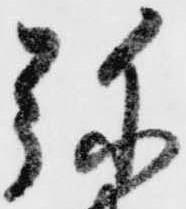
弥